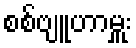
စစ်ဗျူဟာမှူး